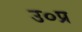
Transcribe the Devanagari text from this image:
उ०प्र